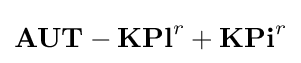
\mathbf {AUT-KPl} ^{r}+\mathbf {KPi} ^{r}